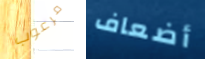
مرعوب أضعاف